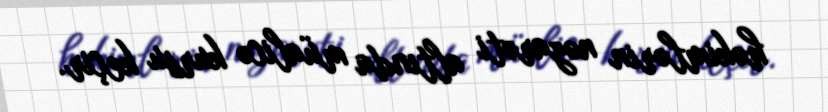
həkimlərin nəzarəti altında müalicə kursu keçir.